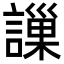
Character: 䜈